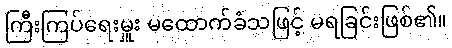
ကြီးကြပ်ရေးမှူး မထောက်ခံသဖြင့် မရခြင်းဖြစ်၏။